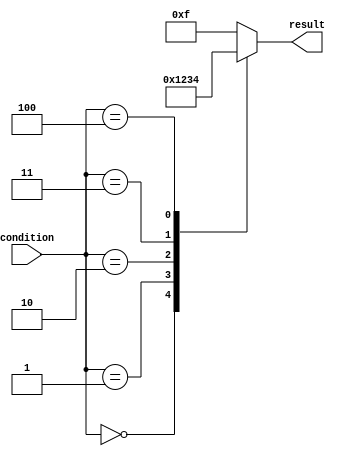
module case_statement_example(
    input [2:0] condition,
    output reg [3:0] result
);

initial begin
    case(condition)
        3'b000: result = 4'b0000;
        3'b001: result = 4'b0001;
        3'b010: result = 4'b0010;
        3'b011: result = 4'b0011;
        3'b100: result = 4'b0100;
        default: result = 4'b1111;
    endcase
end

endmodule